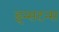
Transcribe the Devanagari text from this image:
इन्सटन्स